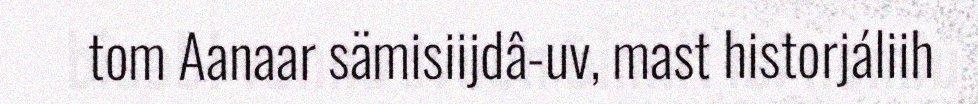
tom Aanaar sämisiijdâ-uv, mast historjáliih